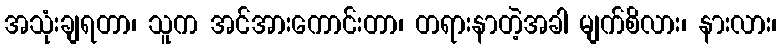
အသုံးချရတာ၊ သူက အင်အားကောင်းတာ၊ တရားနာတဲ့အခါ မျက်စိလား၊ နားလား၊